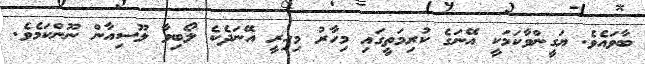
ބާވައެވެ. ޔަގީންވާކަމަކީ އޭނަގެ ކުރިމަތީގައި މިހާރު މިހިރީ އޭނަދެކެ ލޯބިވާ ލޫސިއާން ނޫންކަމެވެ.